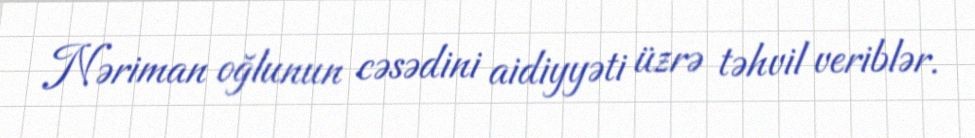
Nəriman oğlunun cəsədini aidiyyəti üzrə təhvil veriblər.